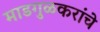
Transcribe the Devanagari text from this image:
माडगुळकरांचे